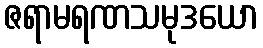
ဇရာမရဏသမုဒယော